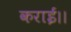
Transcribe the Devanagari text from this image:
कराई।।